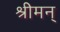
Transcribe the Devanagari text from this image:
श्रीमन्